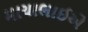
માયાભાઈએ